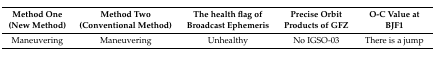
<table><thead><tr><td><b>Method One (New Method)</b></td><td><b>Method Two (Conventional Method)</b></td><td><b>The health flag of Broadcast Ephemeris</b></td><td><b>Precise Orbit Products of GFZ</b></td><td><b>O-C Value at BJF1</b></td></tr></thead><tbody><tr><td>Maneuvering</td><td>Maneuvering</td><td>Unhealthy</td><td>No IGSO-03</td><td>There is a jump</td></tr></tbody></table>